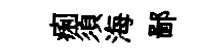
痢須海鄙